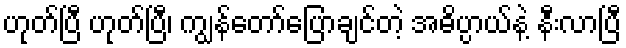
ဟုတ်ပြီ ဟုတ်ပြီ၊ ကျွန်တော်ပြောချင်တဲ့ အဓိပ္ပာယ်နဲ့ နီးလာပြီ